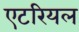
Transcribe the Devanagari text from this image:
एटरियल